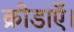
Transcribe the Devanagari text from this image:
क्रीडाएँ।